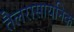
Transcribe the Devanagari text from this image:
तैलरासायनिक